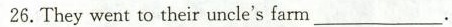
26. They went to their uncle's farm ___.